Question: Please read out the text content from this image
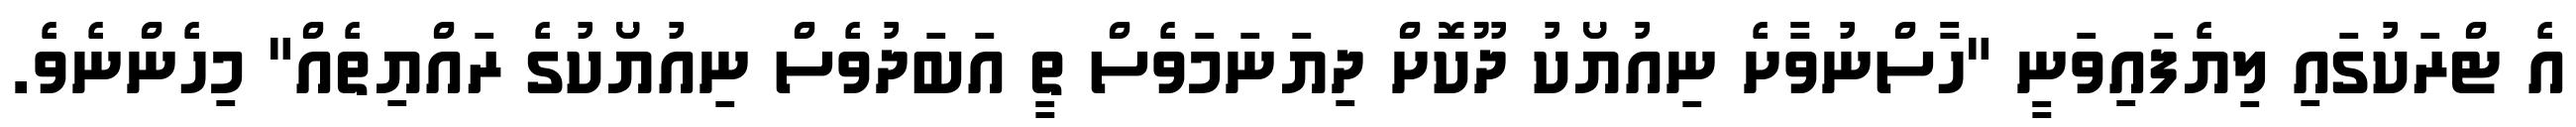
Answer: އެ ޓްރަކުގައި ލިޔެފައިވަނީ "ހާސްނުވާށެ ނިއުޔޯކު ދޫކޮށް ދިޔަނަމަވެސް ތީ އަބަދުވެސް ނިއުޔޯކުގެ ރައްޔިތެއް" މިހެންނެވެ.